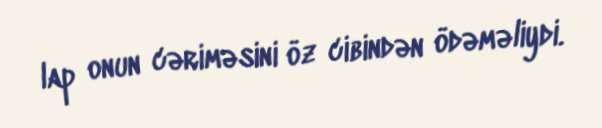
lap onun cəriməsini öz cibindən ödəməliydi.